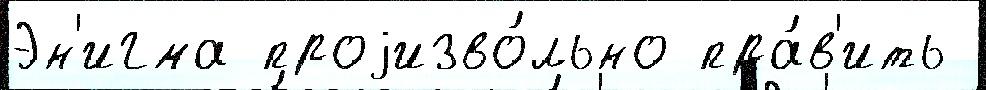
Эн'игма проjизво́льно пра́в'ить